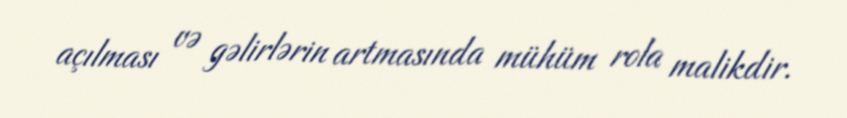
açılması və gəlirlərin artmasında mühüm rola malikdir.